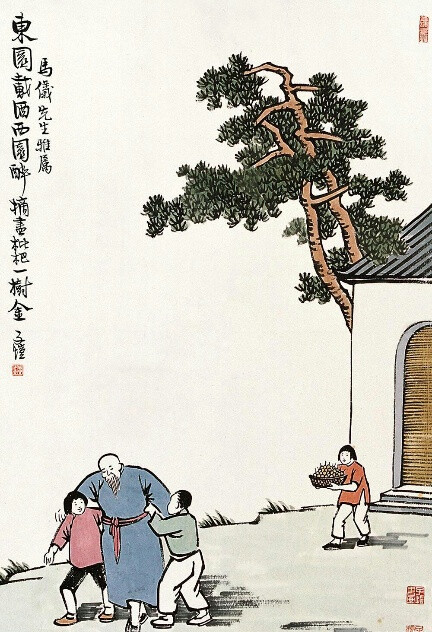
东园载酒西园醉，摘尽枇杷一树金。